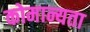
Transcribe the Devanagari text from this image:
कोमान्यता